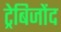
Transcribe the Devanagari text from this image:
ट्रेबिजोंद